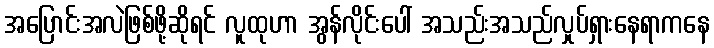
အပြောင်းအလဲဖြစ်ဖို့ဆိုရင် လူထုဟာ အွန်လိုင်းပေါ် အသည်းအသည်လှုပ်ရှားနေရာကနေ